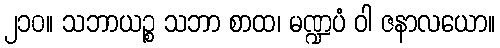
၂၁၀။ သဘာယဉ္စ သဘာ စာထ၊ မဏ္ဍပံ ဝါ ဇနာလယော။